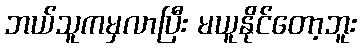
ဘယ်သူကမှလာပြီး မယူနိုင်တော့ဘူး